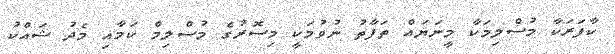
ކާފަރަކާ މުސްލިމަކާ މިީނަޔައް ތަފާތު ނުވުމަކީ މިސޮރުގެ މުސްލިމް ކަމާއި މެދު ޝައްކު